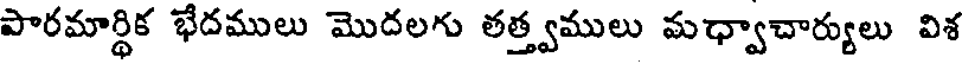
పారమార్థిక భేదములు మొదలగు తత్త్వములు మధ్వాచార్యులు విశ